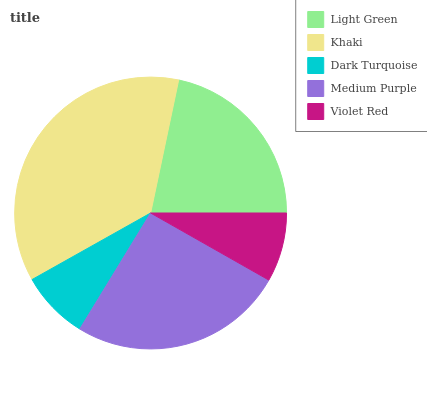
| Light Green | Khaki | Dark Turquoise | Medium Purple | Violet Red |
 | --- | --- | --- | --- | --- |
 | 21.7% | 36.5% | 8.14% | 25.5% | 8.22% |